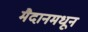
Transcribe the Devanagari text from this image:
मैदानमधून